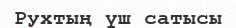
Рухтың үш сатысы